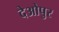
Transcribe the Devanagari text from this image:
देओपुर